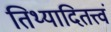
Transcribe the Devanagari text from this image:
तिथ्यादितत्त्वं